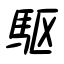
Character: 駆